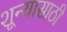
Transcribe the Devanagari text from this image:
शून्यासाठी